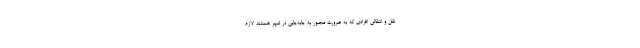
نقل و انتقالی افرادی که به ضرورت مجبور به جابه‌جایی در شهر هستند لازم